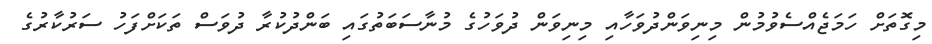
މިގޮތަށް ހަމަޖެއްސެވުމުން މިނިވަންދުވަހާއި މިނިވަން ދުވަހުގެ މުނާސަބަތުގައި ބަންދުކުރާ ދުވަސް ތަކަށްފަހު ސަރުކާރުގެ